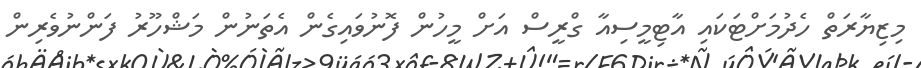
މިޒިޔާރަތް ހެދުމަށްޓަކައި އާޓިމީސިއާ ގްރީސް އަށް މީހުން ފޮނުވައިގެން އެތަނުން މަޝްހޫރު ފަންނުވެރިން